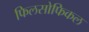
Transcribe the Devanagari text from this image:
फिलसोफिकल